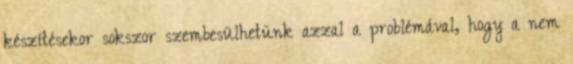
készítésekor sokszor szembesülhetünk azzal a problémával, hogy a nem